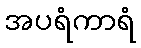
အပရံကာရံ